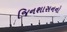
જિનશાસનનો